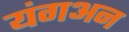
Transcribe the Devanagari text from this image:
यंगअन